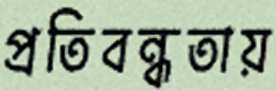
প্রতিবন্ধতায়